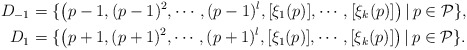
\begin{align*} {D}_{-1} &= \{ \left( p-1, (p-1)^2, \cdots , (p-1)^l, [\xi_1(p)], \cdots , [\xi_k (p)] \right) | \, p \in\mathcal{P} \}, \\ {D}_{1} &= \{ \left( p+1, (p+1)^2, \cdots , (p+1)^l, [\xi_1(p)], \cdots , [\xi_k (p)] \right) | \, p \in\mathcal{P} \}.\end{align*}